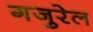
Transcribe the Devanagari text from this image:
गजुरेल